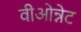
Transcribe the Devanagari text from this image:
वीओन्नेट